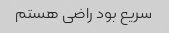
سریع بود راضی هستم